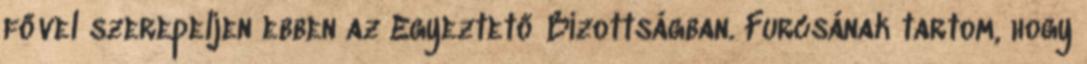
fővel szerepeljen ebben az Egyeztető Bizottságban. Furcsának tartom, hogy